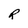
Character: R